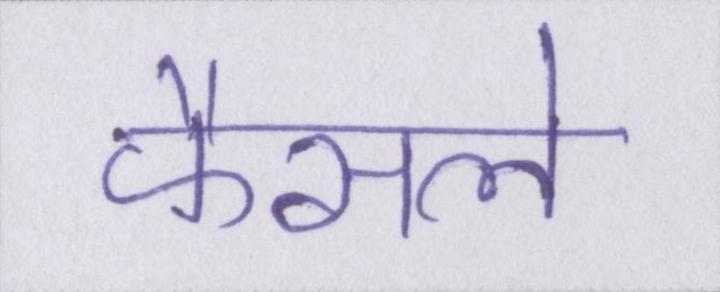
फैसले